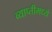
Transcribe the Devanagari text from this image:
व्याप्तीमध्ये